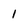
Character: 1